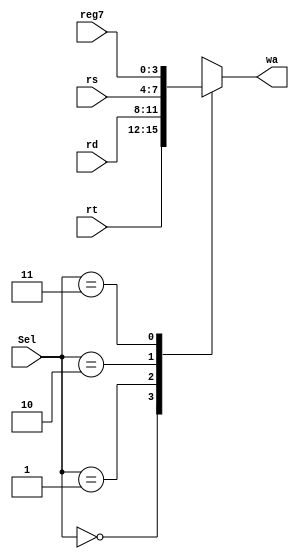
`timescale 1ns / 1ps
//////////////////////////////////////////////////////////////////////////////////
// Company: 
// Engineer: 
// 
// Design Name: 
// Module Name:    regdest_mux 
// Project Name: 
// Target Devices: 
// Tool versions: 
// Description: 
//
// Dependencies: 
//
// Revision: 
// Revision 0.01 - File Created
// Additional Comments: 
//
//////////////////////////////////////////////////////////////////////////////////
module regdest_mux(
    input [1:0] Sel,
    output reg [3:0] wa,
    input [3:0] rt,
    input [3:0] rd,
    input [3:0] rs,
    input [3:0] reg7
    );

	 always @ (Sel or wa or rt or rd or rs or reg7)
	 begin
		case(Sel)
			2'h0 : wa = rt;
			2'h1 : wa = rd;
			2'h2 : wa = rs;
			2'h3 : wa = reg7;
		endcase
 	 end

endmodule